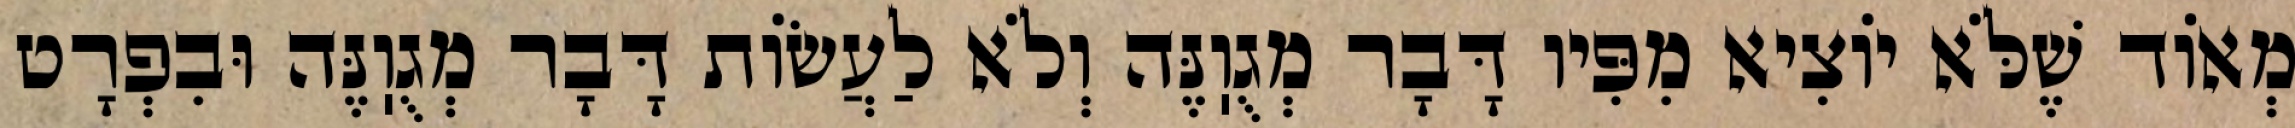
מְאוֹד שֶׁלֹּא יוֹצִיא מִפִּיו דָּבָר מְגֻוֽנֶּה וְלֹא לַעֲשׂוֹת דָּבָר מְגֻוֽנֶּה וּבִפְרָט